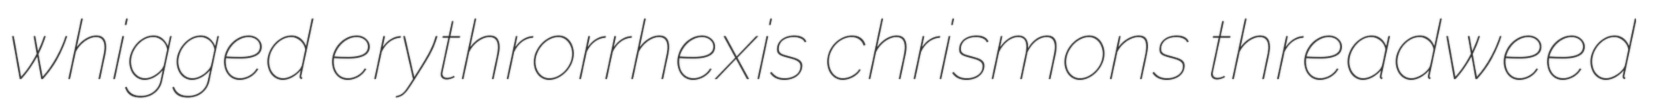
whigged erythrorrhexis chrismons threadweed